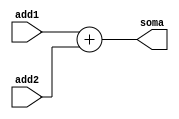
module Adder(add1,add2,soma);
		input	[15:0] add1, add2;
		output [16:0] soma;
		
		assign soma = add1 + add2;

endmodule